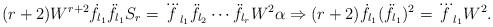
LaTeX: \begin{align*}(r+2)W^{r+2}\dot{f}_{l_1}\ddot{f}_{l_1}S_r=\dddot{f}_{l_1}\ddot{f}_{l_2}\cdots\ddot{f}_{l_r}W^2\alpha\Rightarrow (r+2)\dot{f}_{l_1}(\ddot{f}_{l_1})^2=\dddot{f}_{l_1}W^2.\end{align*}